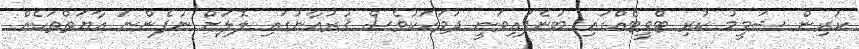
ކުރިން ޝަމީމު ކުރި ޓްވީޓެއްގައި ބުނެފައިވަނީ ދުވަހަކުވެސް ޤުރުއާނުގައި ލޮލަށް ނުފެންނަ އާޔަތްތަކެއް